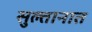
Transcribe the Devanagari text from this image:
सुल्तानात